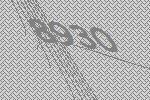
8930